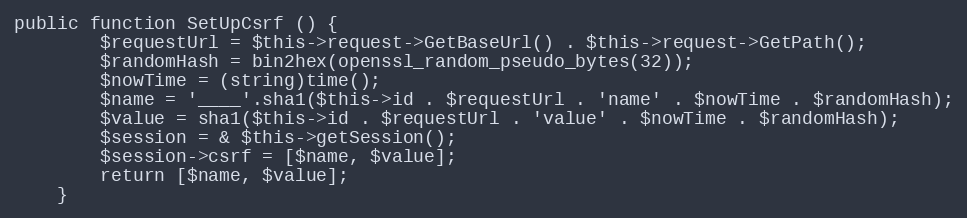
Language: PHP
public function SetUpCsrf () {
		$requestUrl = $this->request->GetBaseUrl() . $this->request->GetPath();
		$randomHash = bin2hex(openssl_random_pseudo_bytes(32));
		$nowTime = (string)time();
		$name = '____'.sha1($this->id . $requestUrl . 'name' . $nowTime . $randomHash);
		$value = sha1($this->id . $requestUrl . 'value' . $nowTime . $randomHash);
		$session = & $this->getSession();
		$session->csrf = [$name, $value];
		return [$name, $value];
	}